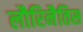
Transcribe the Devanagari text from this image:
लौरिनैतिस